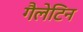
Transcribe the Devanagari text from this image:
गैलेटिन